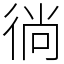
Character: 徜